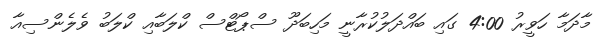
މާދަމާ ހަވީރު 4:00 ގައި ބައްދަލުކުރާނީ މަހިބަދޫ ސްޕޯޓްސް ކްލަބާއި ކްލަބު ވެލެންސިއާ